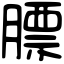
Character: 膘